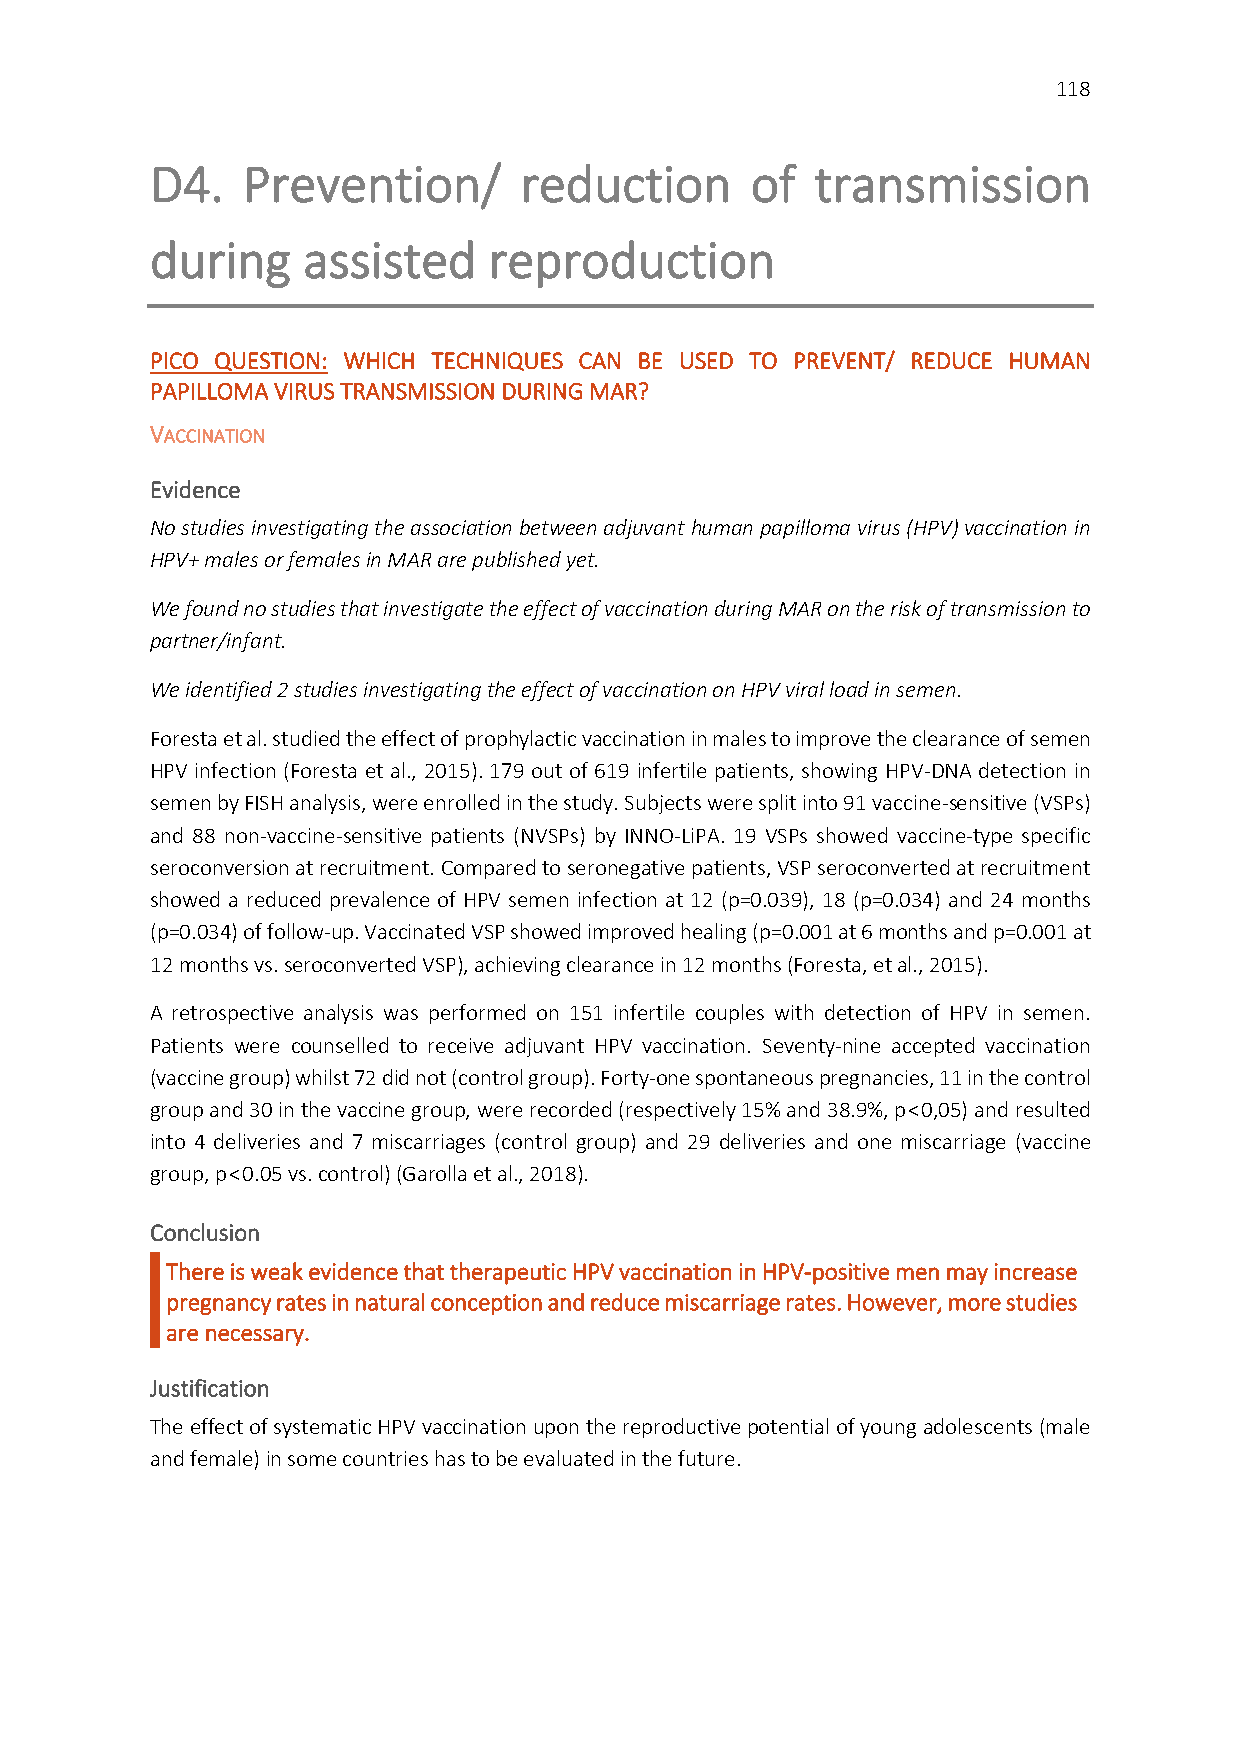
118
 D4.   Prevention/       reduction       of  transmission
 during    assisted    reproduction
 PICO QUESTION: WHICH TECHNIQUES CAN BE USED TO PREVENT/ REDUCE HUMAN
 PAPILLOMA VIRUS TRANSMISSION DURING MAR?
 VACCINATION
 Evidence
 No studies investigating the association between adjuvant human papilloma virus (HPV) vaccination in
 HPV+ males or females in MAR are published yet.
 We found no studies that investigate the effect of vaccination during MAR on the risk of transmission to
 partner/infant.
 We identified 2 studies investigating the effect of vaccination on HPV viral load in semen.
 Foresta et al. studied the effect of prophylactic vaccination in males to improve the clearance of semen
 HPV infection (Foresta et al., 2015). 179 out of 619 infertile patients, showing HPV-DNA detection in
 semen by FISH analysis, were enrolled in the study. Subjects were split into 91 vaccine-sensitive (VSPs)
 and 88 non-vaccine-sensitive patients (NVSPs) by INNO-LiPA. 19 VSPs showed vaccine-type specific
 seroconversion at recruitment. Compared to seronegative patients, VSP seroconverted at recruitment
 showed a reduced prevalence of HPV semen infection at 12 (p=0.039), 18 (p=0.034) and 24 months
 (p=0.034) of follow-up. Vaccinated VSP showed improved healing (p=0.001 at 6 months and p=0.001 at
 12 months vs. seroconverted VSP), achieving clearance in 12 months (Foresta, et al., 2015).
 A retrospective analysis was performed on 151 infertile couples with detection of HPV in semen.
 Patients were counselled to receive adjuvant HPV vaccination. Seventy-nine accepted vaccination
 (vaccine group) whilst 72 did not (control group). Forty-one spontaneous pregnancies, 11 in the control
 group and 30 in the vaccine group, were recorded (respectively 15% and 38.9%, p < 0,05) and resulted
 into 4 deliveries and 7 miscarriages (control group) and 29 deliveries and one miscarriage (vaccine
 group, p < 0.05 vs. control) (Garolla et al., 2018).
 Conclusion
 There is weak evidence that therapeutic HPV vaccination in HPV-positive men may increase
 pregnancy rates in natural conception and reduce miscarriage rates. However, more studies
 are necessary.
 Justification
 The effect of systematic HPV vaccination upon the reproductive potential of young adolescents (male
 and female) in some countries has to be evaluated in the future.